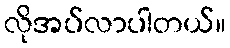
လိုအပ်လာပါတယ်။